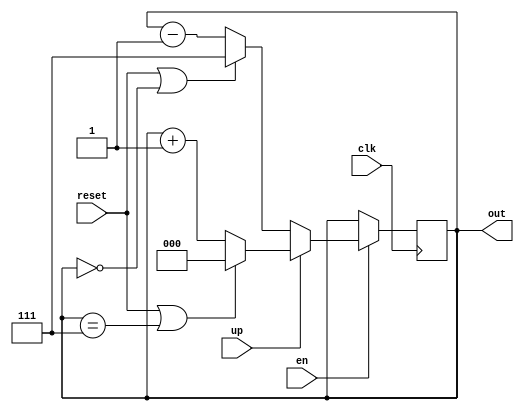
`timescale 1ns / 1ps

module up_down_counter(
input clk, reset,up,en,
output reg [2:0]out
    );

always @ (posedge clk)
begin
	if (en==1)
	begin
		if (up==1)
		begin
			if (reset==1 || out==3'b111)
				out = 3'b000;
			else 
				out = out + 3'b001;
		end
		
		else if (up==0)//down
		begin
			if (reset==1 || out==3'b000)
				out = 3'b111;
			else 
				out = out - 3'b001;
		end
	end
	
end

endmodule